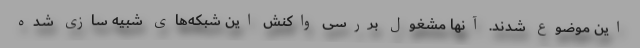
این موضوع شدند. آنها مشغول بررسی واکنش این شبکه‌های شبیه سازی شده